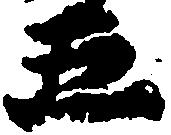
五